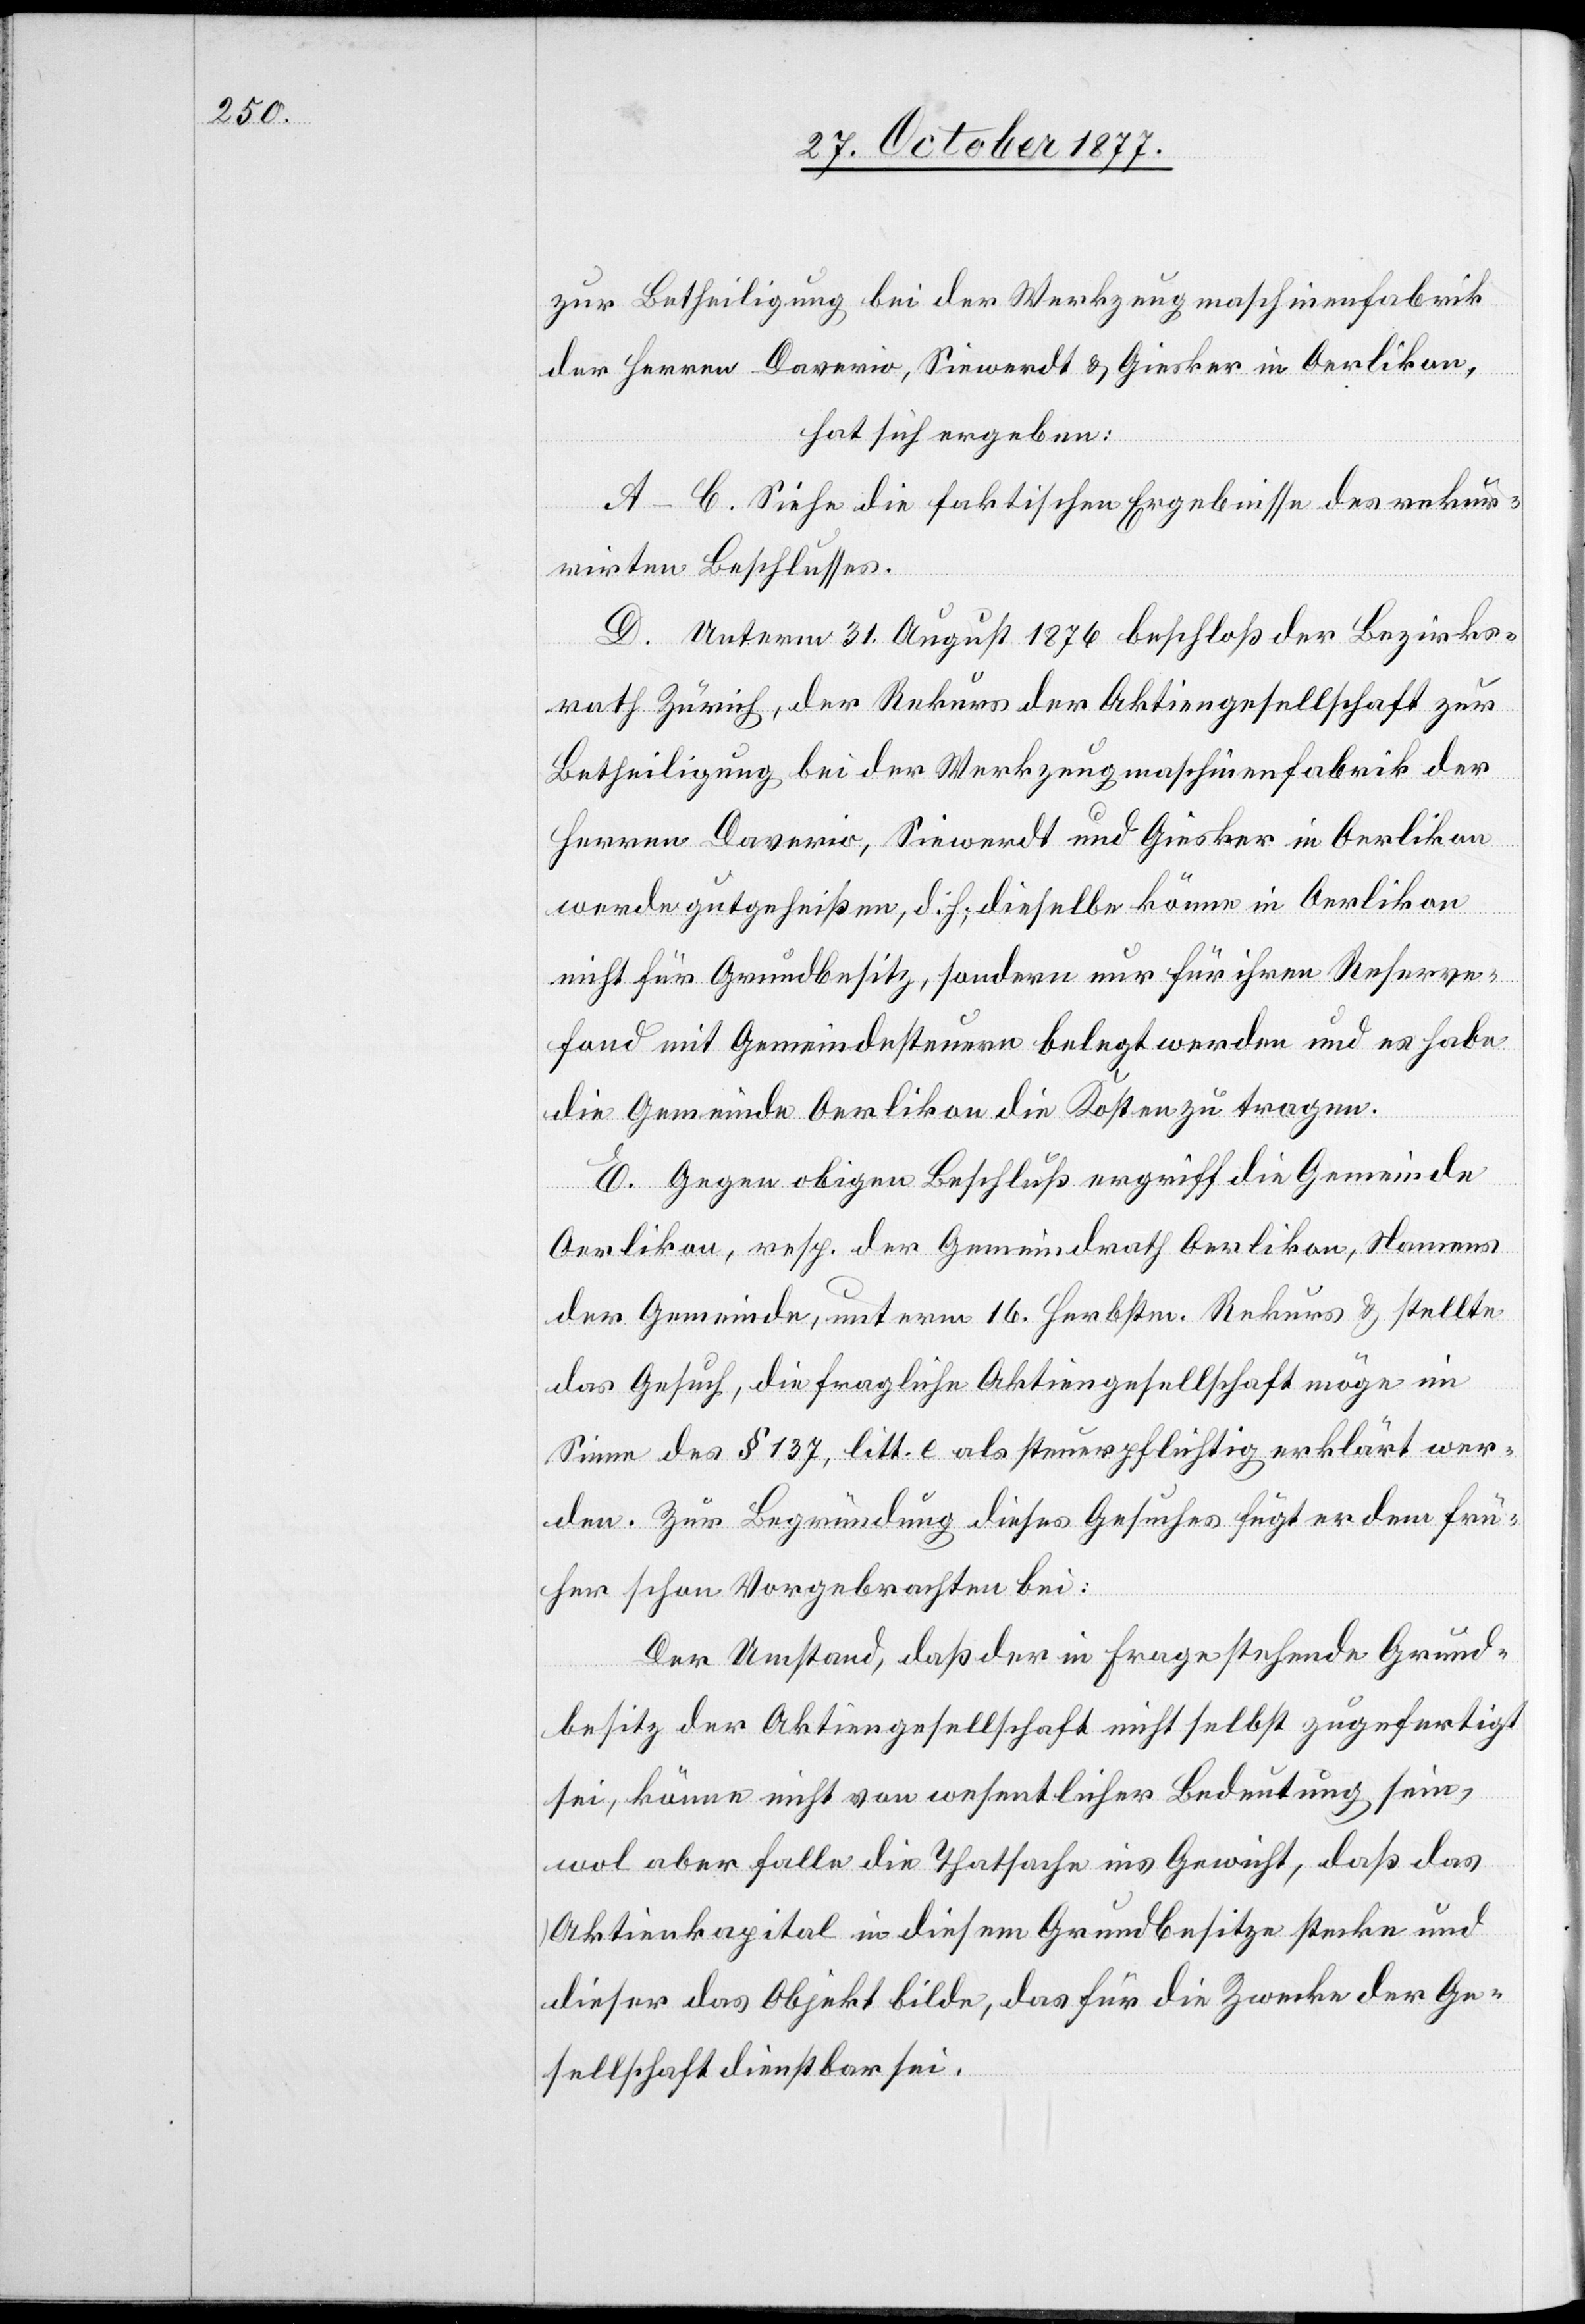
zur Betheiligung bei der Werkzeugmaschinenfabrik
der Herren Daverio, Siewerdt & Giesker in Oerlikon,
hat sich ergeben:
A–C. Siehe die faktischen Ergebnisse des rekur¬
rirten Beschlusses.
D. Unterm 31. August 1876 beschloß der Bezirks¬
rath Zürich, der Rekurs der Aktiengesellschaft zur
Betheiligung bei der Werkzeugmaschinenfabrik der
Herren Daverio, Siewerdt und Giesker in Oerlikon
werde gutgeheißen, d. h., dieselbe könne in Oerlikon
nicht für Grundbesitz, sondern nur für ihren Reserve¬
fond mit Gemeindesteuern belegt werden und es habe
die Gemeinde Oerlikon die Kosten zu tragen.
E. Gegen obigen Beschluß ergriff die Gemeinde
Oerlikon, resp. der Gemeindrath Oerlikon, Namens
der Gemeinde, unterm 16. Herbstm. Rekurs & stellte
das Gesuch, die fragliche Aktiengesellschaft möge im
Sinne des § 137, litt. e als steuerpflichtig erklärt wer¬
den. Zur Begründung dieses Gesuches fügt er dem frü¬
her schon Vorgebrachten bei:
Der Umstand, daß der in Frage stehende Grund¬
besitz der Aktiengesellschaft nicht selbst zugefertigt
sei, könne nicht von wesentlicher Bedeutung sein,
wol aber falle die Thatsache ins Gewicht, daß das
Aktienkapital in diesem Grundbesitze stecke und
dieser das Objekt bilde, das für die Zwecke der Ge¬
sellschaft dienstbar sei.